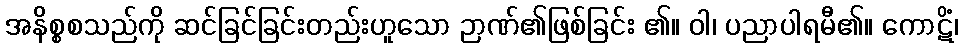
အနိစ္စစသည်ကို ဆင်ခြင်ခြင်းတည်းဟူသော ဉာဏ်၏ဖြစ်ခြင်း ၏။ ဝါ၊ ပညာပါရမီ၏။ ကောဋိံ၊